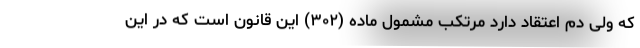
که ولی دم اعتقاد دارد مرتکب مشمول ماده (۳۰۲) این قانون است که در این